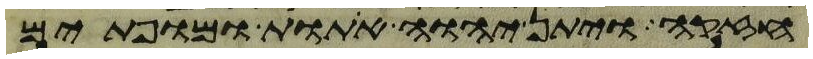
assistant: חזקה ויתן יהוה אתות ומופתים